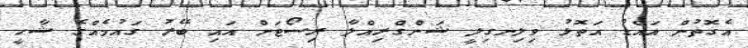
އެގޮތުން އައްޑު އަތޮޅު ވިލިނގިލީ ޝަންގްރިއްލާ ރިސޯޓަށް އައި ބޭރު ގައުމެއްގެ ޝާހީ